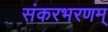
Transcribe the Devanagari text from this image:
संकरभरणम्